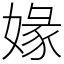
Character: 𡟇